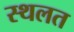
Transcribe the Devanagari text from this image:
स्थलत